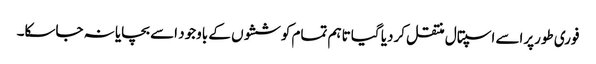
فوری طورپراسے اسپتال منتقل کردیا گیا تاہم تمام کوششوں کے باوجود اسے بچایا نہ جاسکا۔